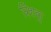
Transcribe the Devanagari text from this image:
त्रिंशकु